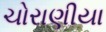
ચોરાણીયા